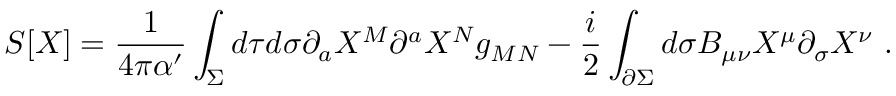
S [ X ] = \frac { 1 } { 4 \pi \alpha ^ { \prime } } \int _ { \Sigma } d \tau d \sigma \partial _ { a } X ^ { M } \partial ^ { a } X ^ { N } g _ { M N } - \frac { i } { 2 } \int _ { \partial \Sigma } d \sigma B _ { \mu \nu } X ^ { \mu } \partial _ { \sigma } X ^ { \nu } ~ .